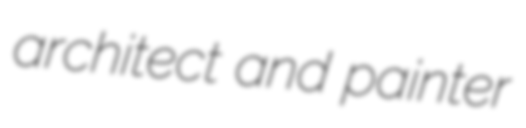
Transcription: architect and painter